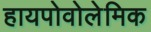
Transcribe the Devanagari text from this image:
हायपोवोलेमिक